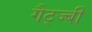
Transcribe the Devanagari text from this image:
गैट्ज्बी